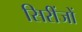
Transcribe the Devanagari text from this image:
सिरींजों